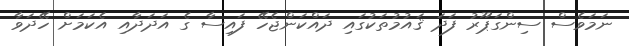
ނަމަވެސް ސިންގަޕޫރު ފަދަ ޤައުމުތަކުގައި ދައްކަންޖެހޭ ފައިސާ ގެ އަދަދާއި އެކަމަށް ހޭދަވާ